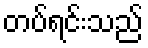
တပ်ရင်းသည်